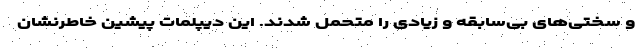
و سختی‌های بی‌سابقه و زیادی را متحمل شدند. این دیپلمات پیشین خاطرنشان